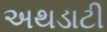
અથડાટી